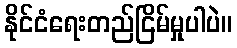
နိုင်ငံရေးတည်ငြိမ်မှုပါပဲ။